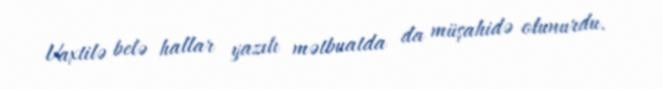
Vaxtilə belə hallar yazılı mətbuatda da müşahidə olunurdu.